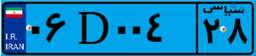
۰۶D۰۰۴۲۸